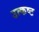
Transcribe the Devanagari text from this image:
उत्कष्ट